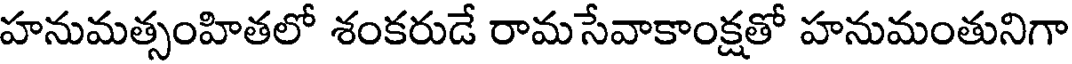
హనుమత్సంహితలో శంకరుడే రామసేవాకాంక్షతో హనుమంతునిగా